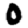
Digit: 0